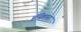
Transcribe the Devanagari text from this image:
हॅनेमन